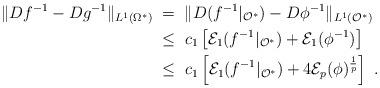
LaTeX: \begin{align*} \|Df^{-1} - Dg^{-1}\|_{L^1(\Omega^*)}\;&=\; \|D(f^{-1}|_{\mathcal{O}^*}) - D\phi^{-1}\|_{L^1(\mathcal{O}^*)} \\ &\leq\; c_1\left[\mathcal{E}_1(f^{-1}|_{\mathcal{O}^*}) + \mathcal{E}_1(\phi^{-1})\right] \\ &\leq\; c_1\left[\mathcal{E}_1(f^{-1}|_{\mathcal{O}^*}) + 4\mathcal{E}_p(\phi)^{\frac{1}{p}}\right] \ . \end{align*}